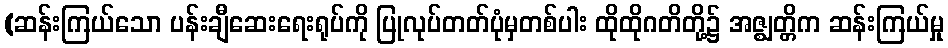
(ဆန်းကြယ်သော ပန်းချီဆေးရေးရုပ်ကို ပြုလုပ်တတ်ပုံမှတစ်ပါး ထိုထိုဂတိတို့၌ အဇ္ဈတ္တိက ဆန်းကြယ်မှု